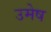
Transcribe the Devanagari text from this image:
उमेष